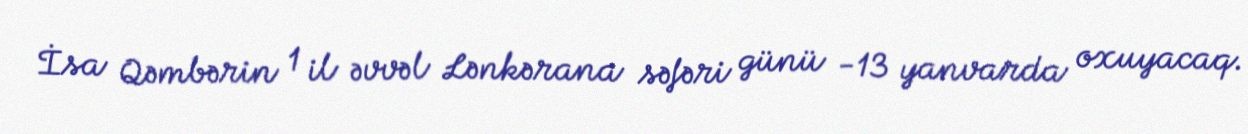
İsa Qəmbərin 1 il əvvəl Lənkərana səfəri günü -13 yanvarda oxuyacaq.